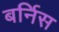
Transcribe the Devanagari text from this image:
बर्निस